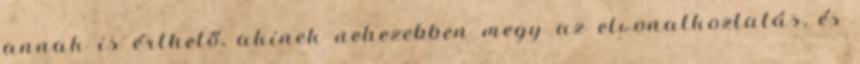
annak is érthető, akinek nehezebben megy az elvonatkoztatás, és